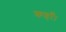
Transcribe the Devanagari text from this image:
कहाँ।